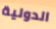
الدولية